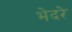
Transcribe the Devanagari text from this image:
भेदरे